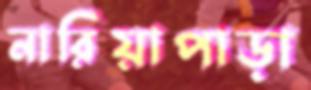
নারিয়াপাড়া